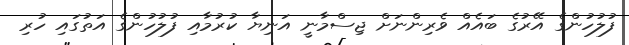
ފުލުހުންގެ އޭރުގެ ބައެއް ވެރިންނަށް ޖިސްމާނީ އަނިޔާ ކުރުމާއި ފުލުހުންގެ އަތުގައި ހުރި